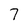
Character: 7